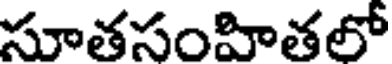
సూతసంహితలో